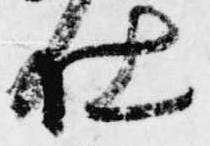
仕